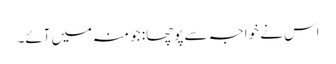
اس نے خواجہ سے پوچھا: جو منہ میں آئے۔